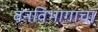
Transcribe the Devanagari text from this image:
वनविभागाचा